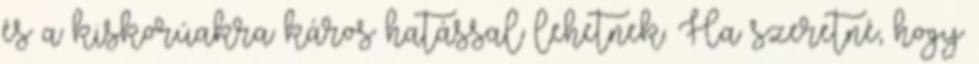
és a kiskorúakra káros hatással lehetnek. Ha szeretné, hogy